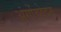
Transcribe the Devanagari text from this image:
अंगोंच्छेदन